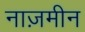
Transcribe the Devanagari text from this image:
नाज़मीन